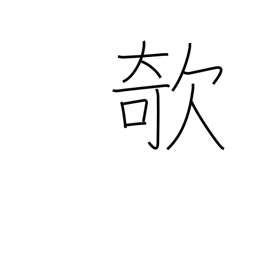
Meaning: prick up (one's ears)